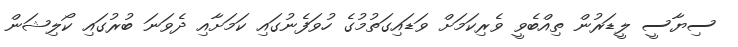
ސިޔާސީ ލީޑަރުން ތިއްބެވީ ވެރިކަމަށް ވަޑައިގަތުމުގެ ހުވަފެނުގައި ކަމަށާއި ދެވަނަ ބުރުގައި ކޯލިޝަން